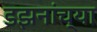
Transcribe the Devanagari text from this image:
डझनांच्या